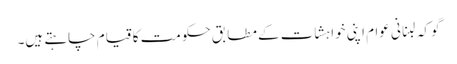
گو کہ لبنانی عوام اپنی خواہشات کے مطابق حکومت کا قیام چاہتے ہیں۔